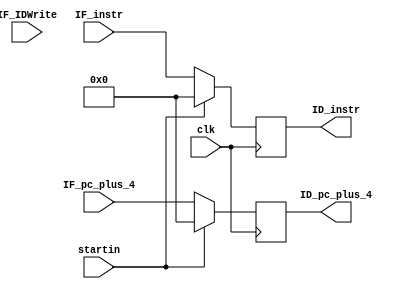
module IF_ID_reg (
    input clk,
    input startin,
    input IF_IDWrite,
    input [31:0] IF_instr,
    input [31:0] IF_pc_plus_4,
    output reg [31:0] ID_instr,
    output reg [31:0] ID_pc_plus_4
);

  always @(posedge clk) begin
    if (startin) begin
      ID_instr <= 32'b0;
      ID_pc_plus_4 <= 32'b0;
    end else begin
      ID_instr <= IF_instr;
      ID_pc_plus_4 <= IF_pc_plus_4;
    end
  end
endmodule